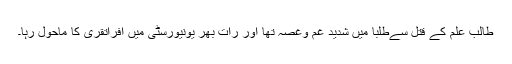
طالب علم کے قتل سےطلبا میں شدید غم وغصہ تھا اور رات بھر یونیورسٹی میں افراتقری کا ماحول رہا۔